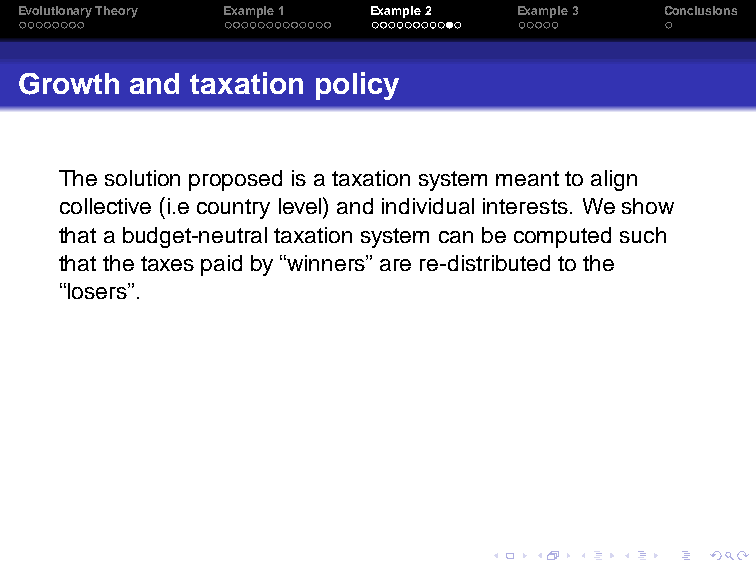
EvolutionaryTheory Example1 Example2 Example3 Conclusions
 Growth  and taxation policy
 Thesolution proposedis a taxationsystem meantto align
 collective (i.e countrylevel)andindividualinterests. We show
 thata budget-neutraltaxationsystem can be computedsuch
 thatthe taxes paidby“winners”are re-distributed to the
 “losers”.